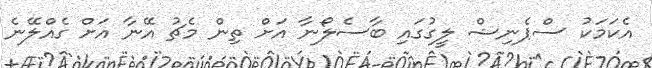
އެކަމަކު ސްޕެނިޝް ލީގުގައި ބާސެލޯނާ އަށް ތިން މެޗު އޭނާ އަށް ގެއްލޭނެ